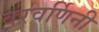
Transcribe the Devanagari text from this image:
वरवर्णिनी